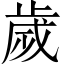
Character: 歲